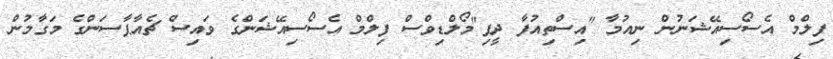
ފިލްމް އެސޯސިއޭޝަނުން ނިއުމާ "އިސްތިއުފާ ދީފި"މޯލްޑިވްސް ފިލްމް އެސޯސިއޭޝަންގެ ވައިސް ޗެއާޕާސަންގެ މަގާމުން